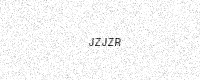
Text: JZJZR